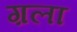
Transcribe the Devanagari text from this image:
ग़ला